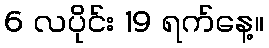
6 လပိုင်း 19 ရက်နေ့။